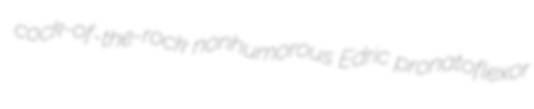
cock-of-the-rock nonhumorous Edric pronatoflexor